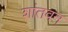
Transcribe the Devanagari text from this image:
शांतवन